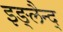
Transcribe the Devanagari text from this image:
इङ्लैन्द्